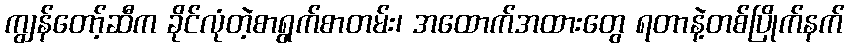
ကျွန်တော့်ဆီက ခိုင်လုံတဲ့စာရွက်စာတမ်း၊ အထောက်အထားတွေ ရတာနဲ့တစ်ပြိုက်နက်